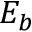
E _ { b }